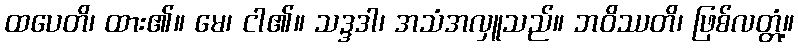
ထပေတိ၊ ထား၏။ မေ၊ ငါ၏။ သဒ္ဒဒါ၊ အသံအလှူသည်။ ဘဝိဿတိ၊ ဖြစ်လတ္တံ့။